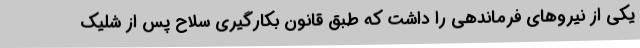
یکی از نیروهای فرماندهی را داشت که طبق قانون بکارگیری سلاح پس از شلیک